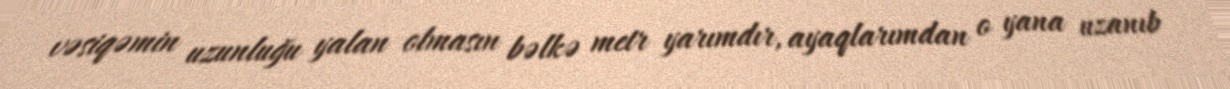
vəsiqəmin uzunluğu yalan olmasın bəlkə metr yarımdır, ayaqlarımdan o yana uzanıb